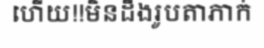
ហើយ!!មិនដឹងរូបតាភាក់